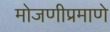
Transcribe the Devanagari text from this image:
मोजणीप्रमाणे